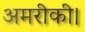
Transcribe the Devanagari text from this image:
अमरीकी।